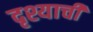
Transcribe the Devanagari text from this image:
दृश्याची